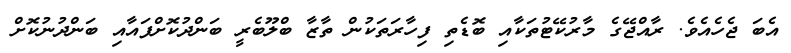
އެބަ ޖެހެއެވެ. ރާއްޖޭގެ މާރުކޭޓުތަކާއި ބޮޑެތި ފިހާރަތަކުން ތާޒާ ބްލޫބެރީ ބަންދުކޮށްފައާއި ބަންދުނުކޮށް